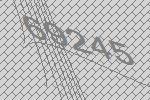
69245